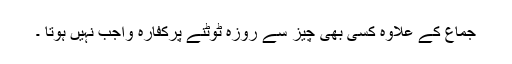
جماع کے علاوہ کسی بھی چيز سے روزہ ٹوٹنے پرکفارہ واجب نہيں ہوتا ۔